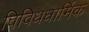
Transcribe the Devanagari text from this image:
विविधधार्मिक